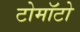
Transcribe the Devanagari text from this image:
टोमॉटो